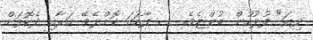
ދިޔަ" ފުލުހުން ބުންޏެވެ.   . ފާހަގަ ކޮށްލެވޭ މަރާއި ދެކޮޅަށް